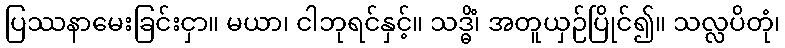
ပြဿနာမေးခြင်းငှာ။ မယာ၊ ငါဘုရင်နှင့်။ သဒ္ဓိံ၊ အတူယှဉ်ပြိုင်၍။ သလ္လပိတုံ၊